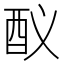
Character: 𨟳